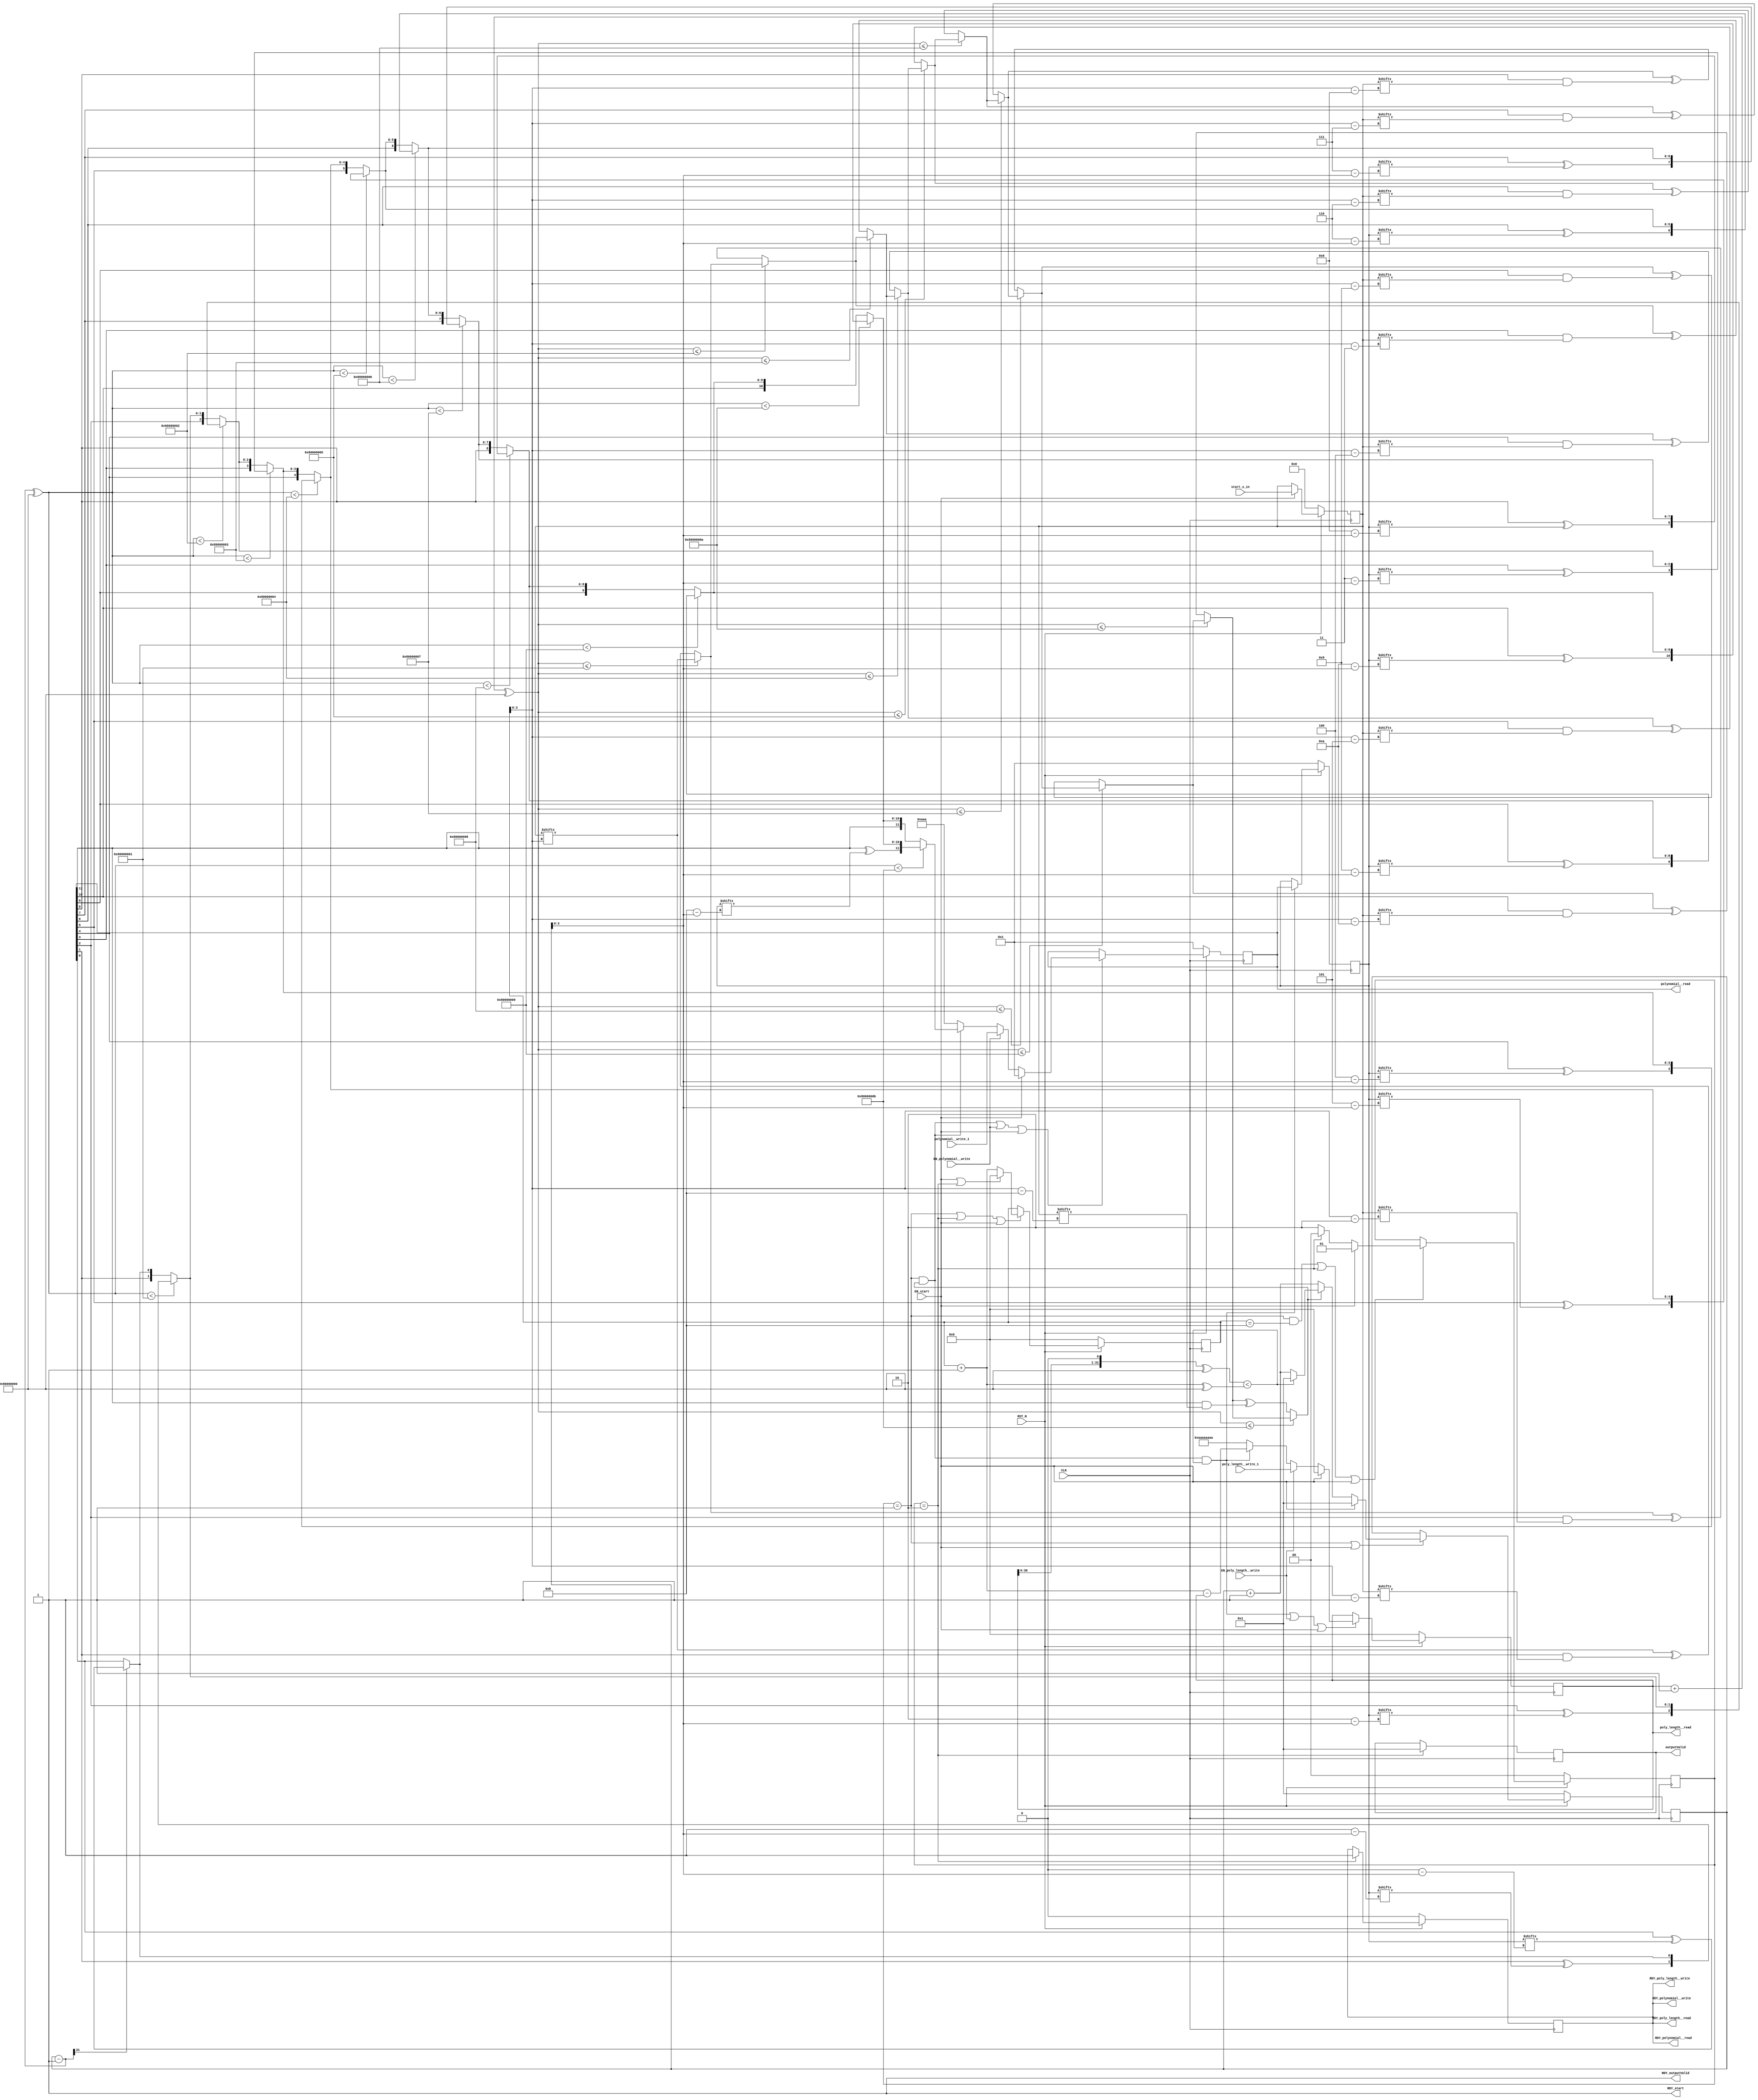
//
// Generated by Bluespec Compiler, version 2014.05.C (build 33930, 2014-05-28)
//
// On Fri May  4 00:42:29 IST 2018
//
//
// Ports:
// Name                         I/O  size props
// RDY_start                      O     1 const
// RDY_polynomial__write          O     1 reg
// polynomial__read               O    12 reg
// RDY_polynomial__read           O     1 reg
// RDY_poly_length__write         O     1 reg
// poly_length__read              O    32 reg
// RDY_poly_length__read          O     1 reg
// outputValid                    O    32 reg
// RDY_outputValid                O     1 const
// CLK                            I     1 clock
// RST_N                          I     1 reset
// start_s_in                     I    12 reg
// polynomial__write_1            I    12
// poly_length__write_1           I    32
// EN_start                       I     1
// EN_polynomial__write           I     1
// EN_poly_length__write          I     1
//
// No combinational paths from inputs to outputs
//
//

`ifdef BSV_ASSIGNMENT_DELAY
`else
  `define BSV_ASSIGNMENT_DELAY
`endif

`ifdef BSV_POSITIVE_RESET
  `define BSV_RESET_VALUE 1'b1
  `define BSV_RESET_EDGE posedge
`else
  `define BSV_RESET_VALUE 1'b0
  `define BSV_RESET_EDGE negedge
`endif

module mkBerlekampMassey(CLK,
			 RST_N,

			 start_s_in,
			 EN_start,
			 RDY_start,

			 polynomial__write_1,
			 EN_polynomial__write,
			 RDY_polynomial__write,

			 polynomial__read,
			 RDY_polynomial__read,

			 poly_length__write_1,
			 EN_poly_length__write,
			 RDY_poly_length__write,

			 poly_length__read,
			 RDY_poly_length__read,

			 outputValid,
			 RDY_outputValid);
  input  CLK;
  input  RST_N;

  // action method start
  input  [11 : 0] start_s_in;
  input  EN_start;
  output RDY_start;

  // action method polynomial__write
  input  [11 : 0] polynomial__write_1;
  input  EN_polynomial__write;
  output RDY_polynomial__write;

  // value method polynomial__read
  output [11 : 0] polynomial__read;
  output RDY_polynomial__read;

  // action method poly_length__write
  input  [31 : 0] poly_length__write_1;
  input  EN_poly_length__write;
  output RDY_poly_length__write;

  // value method poly_length__read
  output [31 : 0] poly_length__read;
  output RDY_poly_length__read;

  // value method outputValid
  output [31 : 0] outputValid;
  output RDY_outputValid;

  // signals for module outputs
  wire [31 : 0] outputValid, poly_length__read;
  wire [11 : 0] polynomial__read;
  wire RDY_outputValid,
       RDY_poly_length__read,
       RDY_poly_length__write,
       RDY_polynomial__read,
       RDY_polynomial__write,
       RDY_start;

  // register b
  reg [11 : 0] b;
  wire [11 : 0] b$D_IN;
  wire b$EN;

  // register c
  reg [11 : 0] c;
  reg [11 : 0] c$D_IN;
  wire c$EN;

  // register l
  reg [31 : 0] l;
  reg [31 : 0] l$D_IN;
  wire l$EN;

  // register m
  reg [31 : 0] m;
  wire [31 : 0] m$D_IN;
  wire m$EN;

  // register out_en
  reg out_en;
  wire out_en$D_IN, out_en$EN;

  // register outputDone
  reg [31 : 0] outputDone;
  wire [31 : 0] outputDone$D_IN;
  wire outputDone$EN;

  // register s
  reg [11 : 0] s;
  wire [11 : 0] s$D_IN;
  wire s$EN;

  // register state
  reg [1 : 0] state;
  reg [1 : 0] state$D_IN;
  wire state$EN;

  // register x
  reg [31 : 0] x;
  wire [31 : 0] x$D_IN;
  wire x$EN;

  // inputs to muxes for submodule ports
  wire [31 : 0] MUX_l$write_1__VAL_3, MUX_x$write_1__VAL_2;
  wire [11 : 0] MUX_c$write_1__VAL_3;
  wire MUX_c$write_1__SEL_3, MUX_l$write_1__SEL_3, MUX_state$write_1__SEL_3;

  // remaining internal signals
  wire [31 : 0] l_PLUS_1___d4,
		m_7_PLUS_1___d100,
		x_02_MINUS_1___d106,
		x_02_PLUS_1___d103,
		x__h1064,
		x__h1147,
		x__h1230,
		x__h1313,
		x__h1396,
		x__h1479,
		x__h1562,
		x__h1645,
		x__h1728,
		x__h1811,
		x__h2297,
		x__h2410,
		x__h2524,
		x__h2638,
		x__h2752,
		x__h2866,
		x__h2980,
		x__h3094,
		x__h3208,
		x__h3322,
		x__h3436,
		x__h3550,
		x__h981;
  wire [11 : 0] IF_x_02_MINUS_1_06_BIT_31_18_THEN_c_0_BITS_11__ETC___d127,
		IF_x_02_MINUS_1_06_SLT_10_08_THEN_IF_x_02_MINU_ETC___d217,
		IF_x_02_MINUS_1_06_SLT_1_17_THEN_IF_x_02_MINUS_ETC___d136,
		IF_x_02_MINUS_1_06_SLT_2_16_THEN_IF_x_02_MINUS_ETC___d145,
		IF_x_02_MINUS_1_06_SLT_3_15_THEN_IF_x_02_MINUS_ETC___d154,
		IF_x_02_MINUS_1_06_SLT_4_14_THEN_IF_x_02_MINUS_ETC___d163,
		IF_x_02_MINUS_1_06_SLT_5_13_THEN_IF_x_02_MINUS_ETC___d172,
		IF_x_02_MINUS_1_06_SLT_6_12_THEN_IF_x_02_MINUS_ETC___d181,
		IF_x_02_MINUS_1_06_SLT_7_11_THEN_IF_x_02_MINUS_ETC___d190,
		IF_x_02_MINUS_1_06_SLT_8_10_THEN_IF_x_02_MINUS_ETC___d199,
		IF_x_02_MINUS_1_06_SLT_9_09_THEN_IF_x_02_MINUS_ETC___d208,
		result__h1964,
		result__h1986,
		result__h2008,
		result__h2030,
		result__h2052,
		result__h2074,
		result__h2096,
		result__h2118,
		result__h2140,
		result__h2162,
		result__h2184,
		result__h2206;
  wire IF_l_PLUS_1_SLE_10_THEN_IF_l_PLUS_1_SLE_9_THEN_ETC___d90,
       IF_l_PLUS_1_SLE_11_THEN_IF_l_PLUS_1_SLE_10_THE_ETC___d97,
       IF_l_PLUS_1_SLE_1_5_THEN_s_6_BIT_m_7_BITS_3_TO_ETC___d27,
       IF_l_PLUS_1_SLE_2_4_THEN_IF_l_PLUS_1_SLE_1_5_T_ETC___d34,
       IF_l_PLUS_1_SLE_3_3_THEN_IF_l_PLUS_1_SLE_2_4_T_ETC___d41,
       IF_l_PLUS_1_SLE_4_2_THEN_IF_l_PLUS_1_SLE_3_3_T_ETC___d48,
       IF_l_PLUS_1_SLE_5_1_THEN_IF_l_PLUS_1_SLE_4_2_T_ETC___d55,
       IF_l_PLUS_1_SLE_6_0_THEN_IF_l_PLUS_1_SLE_5_1_T_ETC___d62,
       IF_l_PLUS_1_SLE_7_THEN_IF_l_PLUS_1_SLE_6_0_THE_ETC___d69,
       IF_l_PLUS_1_SLE_8_THEN_IF_l_PLUS_1_SLE_7_THEN__ETC___d76,
       IF_l_PLUS_1_SLE_9_THEN_IF_l_PLUS_1_SLE_8_THEN__ETC___d83,
       discrepancy__h642,
       discrepancy__h662,
       discrepancy__h682,
       discrepancy__h702,
       discrepancy__h722,
       discrepancy__h742,
       discrepancy__h762,
       discrepancy__h782,
       discrepancy__h802,
       discrepancy__h822,
       discrepancy__h842,
       l_BITS_30_TO_0_8_CONCAT_0_9_SLT_m_7_PLUS_1_00___d101,
       x__h856,
       y__h1068,
       y__h1151,
       y__h1234,
       y__h1317,
       y__h1400,
       y__h1483,
       y__h1566,
       y__h1649,
       y__h1732,
       y__h657,
       y__h677,
       y__h697,
       y__h717,
       y__h737,
       y__h757,
       y__h777,
       y__h797,
       y__h817,
       y__h837,
       y__h857,
       y__h893,
       y__h985;

  // action method start
  assign RDY_start = 1'd1 ;

  // action method polynomial__write
  assign RDY_polynomial__write = out_en ;

  // value method polynomial__read
  assign polynomial__read = c ;
  assign RDY_polynomial__read = out_en ;

  // action method poly_length__write
  assign RDY_poly_length__write = out_en ;

  // value method poly_length__read
  assign poly_length__read = l ;
  assign RDY_poly_length__read = out_en ;

  // value method outputValid
  assign outputValid = outputDone ;
  assign RDY_outputValid = 1'd1 ;

  // inputs to muxes for submodule ports
  assign MUX_c$write_1__SEL_3 =
	     state == 2'd1 &&
	     IF_l_PLUS_1_SLE_11_THEN_IF_l_PLUS_1_SLE_10_THE_ETC___d97 ;
  assign MUX_l$write_1__SEL_3 =
	     state == 2'd1 &&
	     IF_l_PLUS_1_SLE_11_THEN_IF_l_PLUS_1_SLE_10_THE_ETC___d97 &&
	     l_BITS_30_TO_0_8_CONCAT_0_9_SLT_m_7_PLUS_1_00___d101 ;
  assign MUX_state$write_1__SEL_3 = state == 2'd1 && m == 32'd11 ;
  assign MUX_c$write_1__VAL_3 =
	     ((x_02_MINUS_1___d106 ^ 32'h80000000) < 32'h8000000B) ?
	       result__h1964 :
	       IF_x_02_MINUS_1_06_SLT_10_08_THEN_IF_x_02_MINU_ETC___d217 ;
  assign MUX_l$write_1__VAL_3 = m_7_PLUS_1___d100 - l ;
  assign MUX_x$write_1__VAL_2 =
	     IF_l_PLUS_1_SLE_11_THEN_IF_l_PLUS_1_SLE_10_THE_ETC___d97 ?
	       (l_BITS_30_TO_0_8_CONCAT_0_9_SLT_m_7_PLUS_1_00___d101 ?
		  32'd1 :
		  x_02_PLUS_1___d103) :
	       x_02_PLUS_1___d103 ;

  // register b
  assign b$D_IN = c ;
  assign b$EN = MUX_l$write_1__SEL_3 ;

  // register c
  always@(EN_start or
	  EN_polynomial__write or
	  polynomial__write_1 or MUX_c$write_1__SEL_3 or MUX_c$write_1__VAL_3)
  case (1'b1)
    EN_start: c$D_IN = 12'd1;
    EN_polynomial__write: c$D_IN = polynomial__write_1;
    MUX_c$write_1__SEL_3: c$D_IN = MUX_c$write_1__VAL_3;
    default: c$D_IN = 12'b101010101010 /* unspecified value */ ;
  endcase
  assign c$EN =
	     state == 2'd1 &&
	     IF_l_PLUS_1_SLE_11_THEN_IF_l_PLUS_1_SLE_10_THE_ETC___d97 ||
	     EN_polynomial__write ||
	     EN_start ;

  // register l
  always@(EN_start or
	  EN_poly_length__write or
	  poly_length__write_1 or
	  MUX_l$write_1__SEL_3 or MUX_l$write_1__VAL_3)
  case (1'b1)
    EN_start: l$D_IN = 32'd0;
    EN_poly_length__write: l$D_IN = poly_length__write_1;
    MUX_l$write_1__SEL_3: l$D_IN = MUX_l$write_1__VAL_3;
    default: l$D_IN = 32'hAAAAAAAA /* unspecified value */ ;
  endcase
  assign l$EN =
	     state == 2'd1 &&
	     IF_l_PLUS_1_SLE_11_THEN_IF_l_PLUS_1_SLE_10_THE_ETC___d97 &&
	     l_BITS_30_TO_0_8_CONCAT_0_9_SLT_m_7_PLUS_1_00___d101 ||
	     EN_poly_length__write ||
	     EN_start ;

  // register m
  assign m$D_IN = (EN_start || state == 2'd2) ? 32'd0 : m_7_PLUS_1___d100 ;
  assign m$EN = state == 2'd1 || state == 2'd2 || EN_start ;

  // register out_en
  assign out_en$D_IN = 1'd1 ;
  assign out_en$EN = state == 2'd2 ;

  // register outputDone
  assign outputDone$D_IN = 32'd1 ;
  assign outputDone$EN = state == 2'd2 ;

  // register s
  assign s$D_IN = start_s_in ;
  assign s$EN = EN_start ;

  // register state
  always@(EN_start or state or MUX_state$write_1__SEL_3)
  case (1'b1)
    EN_start: state$D_IN = 2'd1;
    state == 2'd2: state$D_IN = 2'd0;
    MUX_state$write_1__SEL_3: state$D_IN = 2'd2;
    default: state$D_IN = 2'b10 /* unspecified value */ ;
  endcase
  assign state$EN =
	     state == 2'd1 && m == 32'd11 || state == 2'd2 || EN_start ;

  // register x
  assign x$D_IN = EN_start ? 32'd1 : MUX_x$write_1__VAL_2 ;
  assign x$EN = state == 2'd1 || EN_start ;

  // remaining internal signals
  assign IF_l_PLUS_1_SLE_10_THEN_IF_l_PLUS_1_SLE_9_THEN_ETC___d90 =
	     ((l_PLUS_1___d4 ^ 32'h80000000) <= 32'h8000000A) ?
	       IF_l_PLUS_1_SLE_9_THEN_IF_l_PLUS_1_SLE_8_THEN__ETC___d83 :
	       discrepancy__h662 ;
  assign IF_l_PLUS_1_SLE_11_THEN_IF_l_PLUS_1_SLE_10_THE_ETC___d97 =
	     ((l_PLUS_1___d4 ^ 32'h80000000) <= 32'h8000000B) ?
	       IF_l_PLUS_1_SLE_10_THEN_IF_l_PLUS_1_SLE_9_THEN_ETC___d90 :
	       discrepancy__h642 ;
  assign IF_l_PLUS_1_SLE_1_5_THEN_s_6_BIT_m_7_BITS_3_TO_ETC___d27 =
	     ((l_PLUS_1___d4 ^ 32'h80000000) <= 32'h80000001) ?
	       x__h856 :
	       discrepancy__h842 ;
  assign IF_l_PLUS_1_SLE_2_4_THEN_IF_l_PLUS_1_SLE_1_5_T_ETC___d34 =
	     ((l_PLUS_1___d4 ^ 32'h80000000) <= 32'h80000002) ?
	       IF_l_PLUS_1_SLE_1_5_THEN_s_6_BIT_m_7_BITS_3_TO_ETC___d27 :
	       discrepancy__h822 ;
  assign IF_l_PLUS_1_SLE_3_3_THEN_IF_l_PLUS_1_SLE_2_4_T_ETC___d41 =
	     ((l_PLUS_1___d4 ^ 32'h80000000) <= 32'h80000003) ?
	       IF_l_PLUS_1_SLE_2_4_THEN_IF_l_PLUS_1_SLE_1_5_T_ETC___d34 :
	       discrepancy__h802 ;
  assign IF_l_PLUS_1_SLE_4_2_THEN_IF_l_PLUS_1_SLE_3_3_T_ETC___d48 =
	     ((l_PLUS_1___d4 ^ 32'h80000000) <= 32'h80000004) ?
	       IF_l_PLUS_1_SLE_3_3_THEN_IF_l_PLUS_1_SLE_2_4_T_ETC___d41 :
	       discrepancy__h782 ;
  assign IF_l_PLUS_1_SLE_5_1_THEN_IF_l_PLUS_1_SLE_4_2_T_ETC___d55 =
	     ((l_PLUS_1___d4 ^ 32'h80000000) <= 32'h80000005) ?
	       IF_l_PLUS_1_SLE_4_2_THEN_IF_l_PLUS_1_SLE_3_3_T_ETC___d48 :
	       discrepancy__h762 ;
  assign IF_l_PLUS_1_SLE_6_0_THEN_IF_l_PLUS_1_SLE_5_1_T_ETC___d62 =
	     ((l_PLUS_1___d4 ^ 32'h80000000) <= 32'h80000006) ?
	       IF_l_PLUS_1_SLE_5_1_THEN_IF_l_PLUS_1_SLE_4_2_T_ETC___d55 :
	       discrepancy__h742 ;
  assign IF_l_PLUS_1_SLE_7_THEN_IF_l_PLUS_1_SLE_6_0_THE_ETC___d69 =
	     ((l_PLUS_1___d4 ^ 32'h80000000) <= 32'h80000007) ?
	       IF_l_PLUS_1_SLE_6_0_THEN_IF_l_PLUS_1_SLE_5_1_T_ETC___d62 :
	       discrepancy__h722 ;
  assign IF_l_PLUS_1_SLE_8_THEN_IF_l_PLUS_1_SLE_7_THEN__ETC___d76 =
	     ((l_PLUS_1___d4 ^ 32'h80000000) <= 32'h80000008) ?
	       IF_l_PLUS_1_SLE_7_THEN_IF_l_PLUS_1_SLE_6_0_THE_ETC___d69 :
	       discrepancy__h702 ;
  assign IF_l_PLUS_1_SLE_9_THEN_IF_l_PLUS_1_SLE_8_THEN__ETC___d83 =
	     ((l_PLUS_1___d4 ^ 32'h80000000) <= 32'h80000009) ?
	       IF_l_PLUS_1_SLE_8_THEN_IF_l_PLUS_1_SLE_7_THEN__ETC___d76 :
	       discrepancy__h682 ;
  assign IF_x_02_MINUS_1_06_BIT_31_18_THEN_c_0_BITS_11__ETC___d127 =
	     x_02_MINUS_1___d106[31] ? result__h2206 : c ;
  assign IF_x_02_MINUS_1_06_SLT_10_08_THEN_IF_x_02_MINU_ETC___d217 =
	     ((x_02_MINUS_1___d106 ^ 32'h80000000) < 32'h8000000A) ?
	       result__h1986 :
	       IF_x_02_MINUS_1_06_SLT_9_09_THEN_IF_x_02_MINUS_ETC___d208 ;
  assign IF_x_02_MINUS_1_06_SLT_1_17_THEN_IF_x_02_MINUS_ETC___d136 =
	     ((x_02_MINUS_1___d106 ^ 32'h80000000) < 32'h80000001) ?
	       result__h2184 :
	       IF_x_02_MINUS_1_06_BIT_31_18_THEN_c_0_BITS_11__ETC___d127 ;
  assign IF_x_02_MINUS_1_06_SLT_2_16_THEN_IF_x_02_MINUS_ETC___d145 =
	     ((x_02_MINUS_1___d106 ^ 32'h80000000) < 32'h80000002) ?
	       result__h2162 :
	       IF_x_02_MINUS_1_06_SLT_1_17_THEN_IF_x_02_MINUS_ETC___d136 ;
  assign IF_x_02_MINUS_1_06_SLT_3_15_THEN_IF_x_02_MINUS_ETC___d154 =
	     ((x_02_MINUS_1___d106 ^ 32'h80000000) < 32'h80000003) ?
	       result__h2140 :
	       IF_x_02_MINUS_1_06_SLT_2_16_THEN_IF_x_02_MINUS_ETC___d145 ;
  assign IF_x_02_MINUS_1_06_SLT_4_14_THEN_IF_x_02_MINUS_ETC___d163 =
	     ((x_02_MINUS_1___d106 ^ 32'h80000000) < 32'h80000004) ?
	       result__h2118 :
	       IF_x_02_MINUS_1_06_SLT_3_15_THEN_IF_x_02_MINUS_ETC___d154 ;
  assign IF_x_02_MINUS_1_06_SLT_5_13_THEN_IF_x_02_MINUS_ETC___d172 =
	     ((x_02_MINUS_1___d106 ^ 32'h80000000) < 32'h80000005) ?
	       result__h2096 :
	       IF_x_02_MINUS_1_06_SLT_4_14_THEN_IF_x_02_MINUS_ETC___d163 ;
  assign IF_x_02_MINUS_1_06_SLT_6_12_THEN_IF_x_02_MINUS_ETC___d181 =
	     ((x_02_MINUS_1___d106 ^ 32'h80000000) < 32'h80000006) ?
	       result__h2074 :
	       IF_x_02_MINUS_1_06_SLT_5_13_THEN_IF_x_02_MINUS_ETC___d172 ;
  assign IF_x_02_MINUS_1_06_SLT_7_11_THEN_IF_x_02_MINUS_ETC___d190 =
	     ((x_02_MINUS_1___d106 ^ 32'h80000000) < 32'h80000007) ?
	       result__h2052 :
	       IF_x_02_MINUS_1_06_SLT_6_12_THEN_IF_x_02_MINUS_ETC___d181 ;
  assign IF_x_02_MINUS_1_06_SLT_8_10_THEN_IF_x_02_MINUS_ETC___d199 =
	     ((x_02_MINUS_1___d106 ^ 32'h80000000) < 32'h80000008) ?
	       result__h2030 :
	       IF_x_02_MINUS_1_06_SLT_7_11_THEN_IF_x_02_MINUS_ETC___d190 ;
  assign IF_x_02_MINUS_1_06_SLT_9_09_THEN_IF_x_02_MINUS_ETC___d208 =
	     ((x_02_MINUS_1___d106 ^ 32'h80000000) < 32'h80000009) ?
	       result__h2008 :
	       IF_x_02_MINUS_1_06_SLT_8_10_THEN_IF_x_02_MINUS_ETC___d199 ;
  assign discrepancy__h642 =
	     IF_l_PLUS_1_SLE_10_THEN_IF_l_PLUS_1_SLE_9_THEN_ETC___d90 ^
	     y__h657 ;
  assign discrepancy__h662 =
	     IF_l_PLUS_1_SLE_9_THEN_IF_l_PLUS_1_SLE_8_THEN__ETC___d83 ^
	     y__h677 ;
  assign discrepancy__h682 =
	     IF_l_PLUS_1_SLE_8_THEN_IF_l_PLUS_1_SLE_7_THEN__ETC___d76 ^
	     y__h697 ;
  assign discrepancy__h702 =
	     IF_l_PLUS_1_SLE_7_THEN_IF_l_PLUS_1_SLE_6_0_THE_ETC___d69 ^
	     y__h717 ;
  assign discrepancy__h722 =
	     IF_l_PLUS_1_SLE_6_0_THEN_IF_l_PLUS_1_SLE_5_1_T_ETC___d62 ^
	     y__h737 ;
  assign discrepancy__h742 =
	     IF_l_PLUS_1_SLE_5_1_THEN_IF_l_PLUS_1_SLE_4_2_T_ETC___d55 ^
	     y__h757 ;
  assign discrepancy__h762 =
	     IF_l_PLUS_1_SLE_4_2_THEN_IF_l_PLUS_1_SLE_3_3_T_ETC___d48 ^
	     y__h777 ;
  assign discrepancy__h782 =
	     IF_l_PLUS_1_SLE_3_3_THEN_IF_l_PLUS_1_SLE_2_4_T_ETC___d41 ^
	     y__h797 ;
  assign discrepancy__h802 =
	     IF_l_PLUS_1_SLE_2_4_THEN_IF_l_PLUS_1_SLE_1_5_T_ETC___d34 ^
	     y__h817 ;
  assign discrepancy__h822 =
	     IF_l_PLUS_1_SLE_1_5_THEN_s_6_BIT_m_7_BITS_3_TO_ETC___d27 ^
	     y__h837 ;
  assign discrepancy__h842 = x__h856 ^ y__h857 ;
  assign l_BITS_30_TO_0_8_CONCAT_0_9_SLT_m_7_PLUS_1_00___d101 =
	     ({ l[30:0], 1'd0 } ^ 32'h80000000) <
	     (m_7_PLUS_1___d100 ^ 32'h80000000) ;
  assign l_PLUS_1___d4 = l + 32'd1 ;
  assign m_7_PLUS_1___d100 = m + 32'd1 ;
  assign result__h1964 =
	     { IF_x_02_MINUS_1_06_SLT_10_08_THEN_IF_x_02_MINU_ETC___d217[11] ^
	       b[x__h3550[3:0]],
	       IF_x_02_MINUS_1_06_SLT_10_08_THEN_IF_x_02_MINU_ETC___d217[10:0] } ;
  assign result__h1986 =
	     { IF_x_02_MINUS_1_06_SLT_9_09_THEN_IF_x_02_MINUS_ETC___d208[11],
	       IF_x_02_MINUS_1_06_SLT_9_09_THEN_IF_x_02_MINUS_ETC___d208[10] ^
	       b[x__h3436[3:0]],
	       IF_x_02_MINUS_1_06_SLT_9_09_THEN_IF_x_02_MINUS_ETC___d208[9:0] } ;
  assign result__h2008 =
	     { IF_x_02_MINUS_1_06_SLT_8_10_THEN_IF_x_02_MINUS_ETC___d199[11:10],
	       IF_x_02_MINUS_1_06_SLT_8_10_THEN_IF_x_02_MINUS_ETC___d199[9] ^
	       b[x__h3322[3:0]],
	       IF_x_02_MINUS_1_06_SLT_8_10_THEN_IF_x_02_MINUS_ETC___d199[8:0] } ;
  assign result__h2030 =
	     { IF_x_02_MINUS_1_06_SLT_7_11_THEN_IF_x_02_MINUS_ETC___d190[11:9],
	       IF_x_02_MINUS_1_06_SLT_7_11_THEN_IF_x_02_MINUS_ETC___d190[8] ^
	       b[x__h3208[3:0]],
	       IF_x_02_MINUS_1_06_SLT_7_11_THEN_IF_x_02_MINUS_ETC___d190[7:0] } ;
  assign result__h2052 =
	     { IF_x_02_MINUS_1_06_SLT_6_12_THEN_IF_x_02_MINUS_ETC___d181[11:8],
	       IF_x_02_MINUS_1_06_SLT_6_12_THEN_IF_x_02_MINUS_ETC___d181[7] ^
	       b[x__h3094[3:0]],
	       IF_x_02_MINUS_1_06_SLT_6_12_THEN_IF_x_02_MINUS_ETC___d181[6:0] } ;
  assign result__h2074 =
	     { IF_x_02_MINUS_1_06_SLT_5_13_THEN_IF_x_02_MINUS_ETC___d172[11:7],
	       IF_x_02_MINUS_1_06_SLT_5_13_THEN_IF_x_02_MINUS_ETC___d172[6] ^
	       b[x__h2980[3:0]],
	       IF_x_02_MINUS_1_06_SLT_5_13_THEN_IF_x_02_MINUS_ETC___d172[5:0] } ;
  assign result__h2096 =
	     { IF_x_02_MINUS_1_06_SLT_4_14_THEN_IF_x_02_MINUS_ETC___d163[11:6],
	       IF_x_02_MINUS_1_06_SLT_4_14_THEN_IF_x_02_MINUS_ETC___d163[5] ^
	       b[x__h2866[3:0]],
	       IF_x_02_MINUS_1_06_SLT_4_14_THEN_IF_x_02_MINUS_ETC___d163[4:0] } ;
  assign result__h2118 =
	     { IF_x_02_MINUS_1_06_SLT_3_15_THEN_IF_x_02_MINUS_ETC___d154[11:5],
	       IF_x_02_MINUS_1_06_SLT_3_15_THEN_IF_x_02_MINUS_ETC___d154[4] ^
	       b[x__h2752[3:0]],
	       IF_x_02_MINUS_1_06_SLT_3_15_THEN_IF_x_02_MINUS_ETC___d154[3:0] } ;
  assign result__h2140 =
	     { IF_x_02_MINUS_1_06_SLT_2_16_THEN_IF_x_02_MINUS_ETC___d145[11:4],
	       IF_x_02_MINUS_1_06_SLT_2_16_THEN_IF_x_02_MINUS_ETC___d145[3] ^
	       b[x__h2638[3:0]],
	       IF_x_02_MINUS_1_06_SLT_2_16_THEN_IF_x_02_MINUS_ETC___d145[2:0] } ;
  assign result__h2162 =
	     { IF_x_02_MINUS_1_06_SLT_1_17_THEN_IF_x_02_MINUS_ETC___d136[11:3],
	       IF_x_02_MINUS_1_06_SLT_1_17_THEN_IF_x_02_MINUS_ETC___d136[2] ^
	       b[x__h2524[3:0]],
	       IF_x_02_MINUS_1_06_SLT_1_17_THEN_IF_x_02_MINUS_ETC___d136[1:0] } ;
  assign result__h2184 =
	     { IF_x_02_MINUS_1_06_BIT_31_18_THEN_c_0_BITS_11__ETC___d127[11:2],
	       IF_x_02_MINUS_1_06_BIT_31_18_THEN_c_0_BITS_11__ETC___d127[1] ^
	       b[x__h2410[3:0]],
	       IF_x_02_MINUS_1_06_BIT_31_18_THEN_c_0_BITS_11__ETC___d127[0] } ;
  assign result__h2206 = { c[11:1], c[0] ^ b[x__h2297[3:0]] } ;
  assign x_02_MINUS_1___d106 = x - 32'd1 ;
  assign x_02_PLUS_1___d103 = x + 32'd1 ;
  assign x__h1064 = m - 32'd2 ;
  assign x__h1147 = m - 32'd3 ;
  assign x__h1230 = m - 32'd4 ;
  assign x__h1313 = m - 32'd5 ;
  assign x__h1396 = m - 32'd6 ;
  assign x__h1479 = m - 32'd7 ;
  assign x__h1562 = m - 32'd8 ;
  assign x__h1645 = m - 32'd9 ;
  assign x__h1728 = m - 32'd10 ;
  assign x__h1811 = m - 32'd11 ;
  assign x__h2297 = 32'd0 - x ;
  assign x__h2410 = 32'd1 - x ;
  assign x__h2524 = 32'd2 - x ;
  assign x__h2638 = 32'd3 - x ;
  assign x__h2752 = 32'd4 - x ;
  assign x__h2866 = 32'd5 - x ;
  assign x__h2980 = 32'd6 - x ;
  assign x__h3094 = 32'd7 - x ;
  assign x__h3208 = 32'd8 - x ;
  assign x__h3322 = 32'd9 - x ;
  assign x__h3436 = 32'd10 - x ;
  assign x__h3550 = 32'd11 - x ;
  assign x__h856 = s[m[3:0]] ;
  assign x__h981 = m - 32'd1 ;
  assign y__h1068 = s[x__h1147[3:0]] ;
  assign y__h1151 = s[x__h1230[3:0]] ;
  assign y__h1234 = s[x__h1313[3:0]] ;
  assign y__h1317 = s[x__h1396[3:0]] ;
  assign y__h1400 = s[x__h1479[3:0]] ;
  assign y__h1483 = s[x__h1562[3:0]] ;
  assign y__h1566 = s[x__h1645[3:0]] ;
  assign y__h1649 = s[x__h1728[3:0]] ;
  assign y__h1732 = s[x__h1811[3:0]] ;
  assign y__h657 = c[11] & y__h1732 ;
  assign y__h677 = c[10] & y__h1649 ;
  assign y__h697 = c[9] & y__h1566 ;
  assign y__h717 = c[8] & y__h1483 ;
  assign y__h737 = c[7] & y__h1400 ;
  assign y__h757 = c[6] & y__h1317 ;
  assign y__h777 = c[5] & y__h1234 ;
  assign y__h797 = c[4] & y__h1151 ;
  assign y__h817 = c[3] & y__h1068 ;
  assign y__h837 = c[2] & y__h985 ;
  assign y__h857 = c[1] & y__h893 ;
  assign y__h893 = s[x__h981[3:0]] ;
  assign y__h985 = s[x__h1064[3:0]] ;

  // handling of inlined registers

  always@(posedge CLK)
  begin
    if (RST_N == `BSV_RESET_VALUE)
      begin
        b <= `BSV_ASSIGNMENT_DELAY 12'd1;
	c <= `BSV_ASSIGNMENT_DELAY 12'd1;
	l <= `BSV_ASSIGNMENT_DELAY 32'd0;
	m <= `BSV_ASSIGNMENT_DELAY 32'd0;
	out_en <= `BSV_ASSIGNMENT_DELAY 1'd0;
	s <= `BSV_ASSIGNMENT_DELAY 12'd0;
	state <= `BSV_ASSIGNMENT_DELAY 2'd0;
	x <= `BSV_ASSIGNMENT_DELAY 32'd1;
      end
    else
      begin
        if (b$EN) b <= `BSV_ASSIGNMENT_DELAY b$D_IN;
	if (c$EN) c <= `BSV_ASSIGNMENT_DELAY c$D_IN;
	if (l$EN) l <= `BSV_ASSIGNMENT_DELAY l$D_IN;
	if (m$EN) m <= `BSV_ASSIGNMENT_DELAY m$D_IN;
	if (out_en$EN) out_en <= `BSV_ASSIGNMENT_DELAY out_en$D_IN;
	if (s$EN) s <= `BSV_ASSIGNMENT_DELAY s$D_IN;
	if (state$EN) state <= `BSV_ASSIGNMENT_DELAY state$D_IN;
	if (x$EN) x <= `BSV_ASSIGNMENT_DELAY x$D_IN;
      end
    if (outputDone$EN) outputDone <= `BSV_ASSIGNMENT_DELAY outputDone$D_IN;
  end

  // synopsys translate_off
  `ifdef BSV_NO_INITIAL_BLOCKS
  `else // not BSV_NO_INITIAL_BLOCKS
  initial
  begin
    b = 12'hAAA;
    c = 12'hAAA;
    l = 32'hAAAAAAAA;
    m = 32'hAAAAAAAA;
    out_en = 1'h0;
    outputDone = 32'hAAAAAAAA;
    s = 12'hAAA;
    state = 2'h2;
    x = 32'hAAAAAAAA;
  end
  `endif // BSV_NO_INITIAL_BLOCKS
  // synopsys translate_on
endmodule  // mkBerlekampMassey